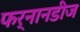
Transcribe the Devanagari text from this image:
फर्नानडीज